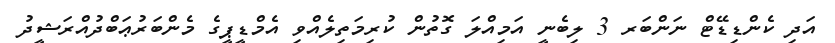
އަދި ކެންޑިޑޭޓް ނަންބަރ 3 ލިބެނީ އަމިއްލަ ގޮތުން ކުރިމަތިލެއްވި އެމްޑީޕީގެ މެންބަރުޢަބްދުއްރަޝީދު